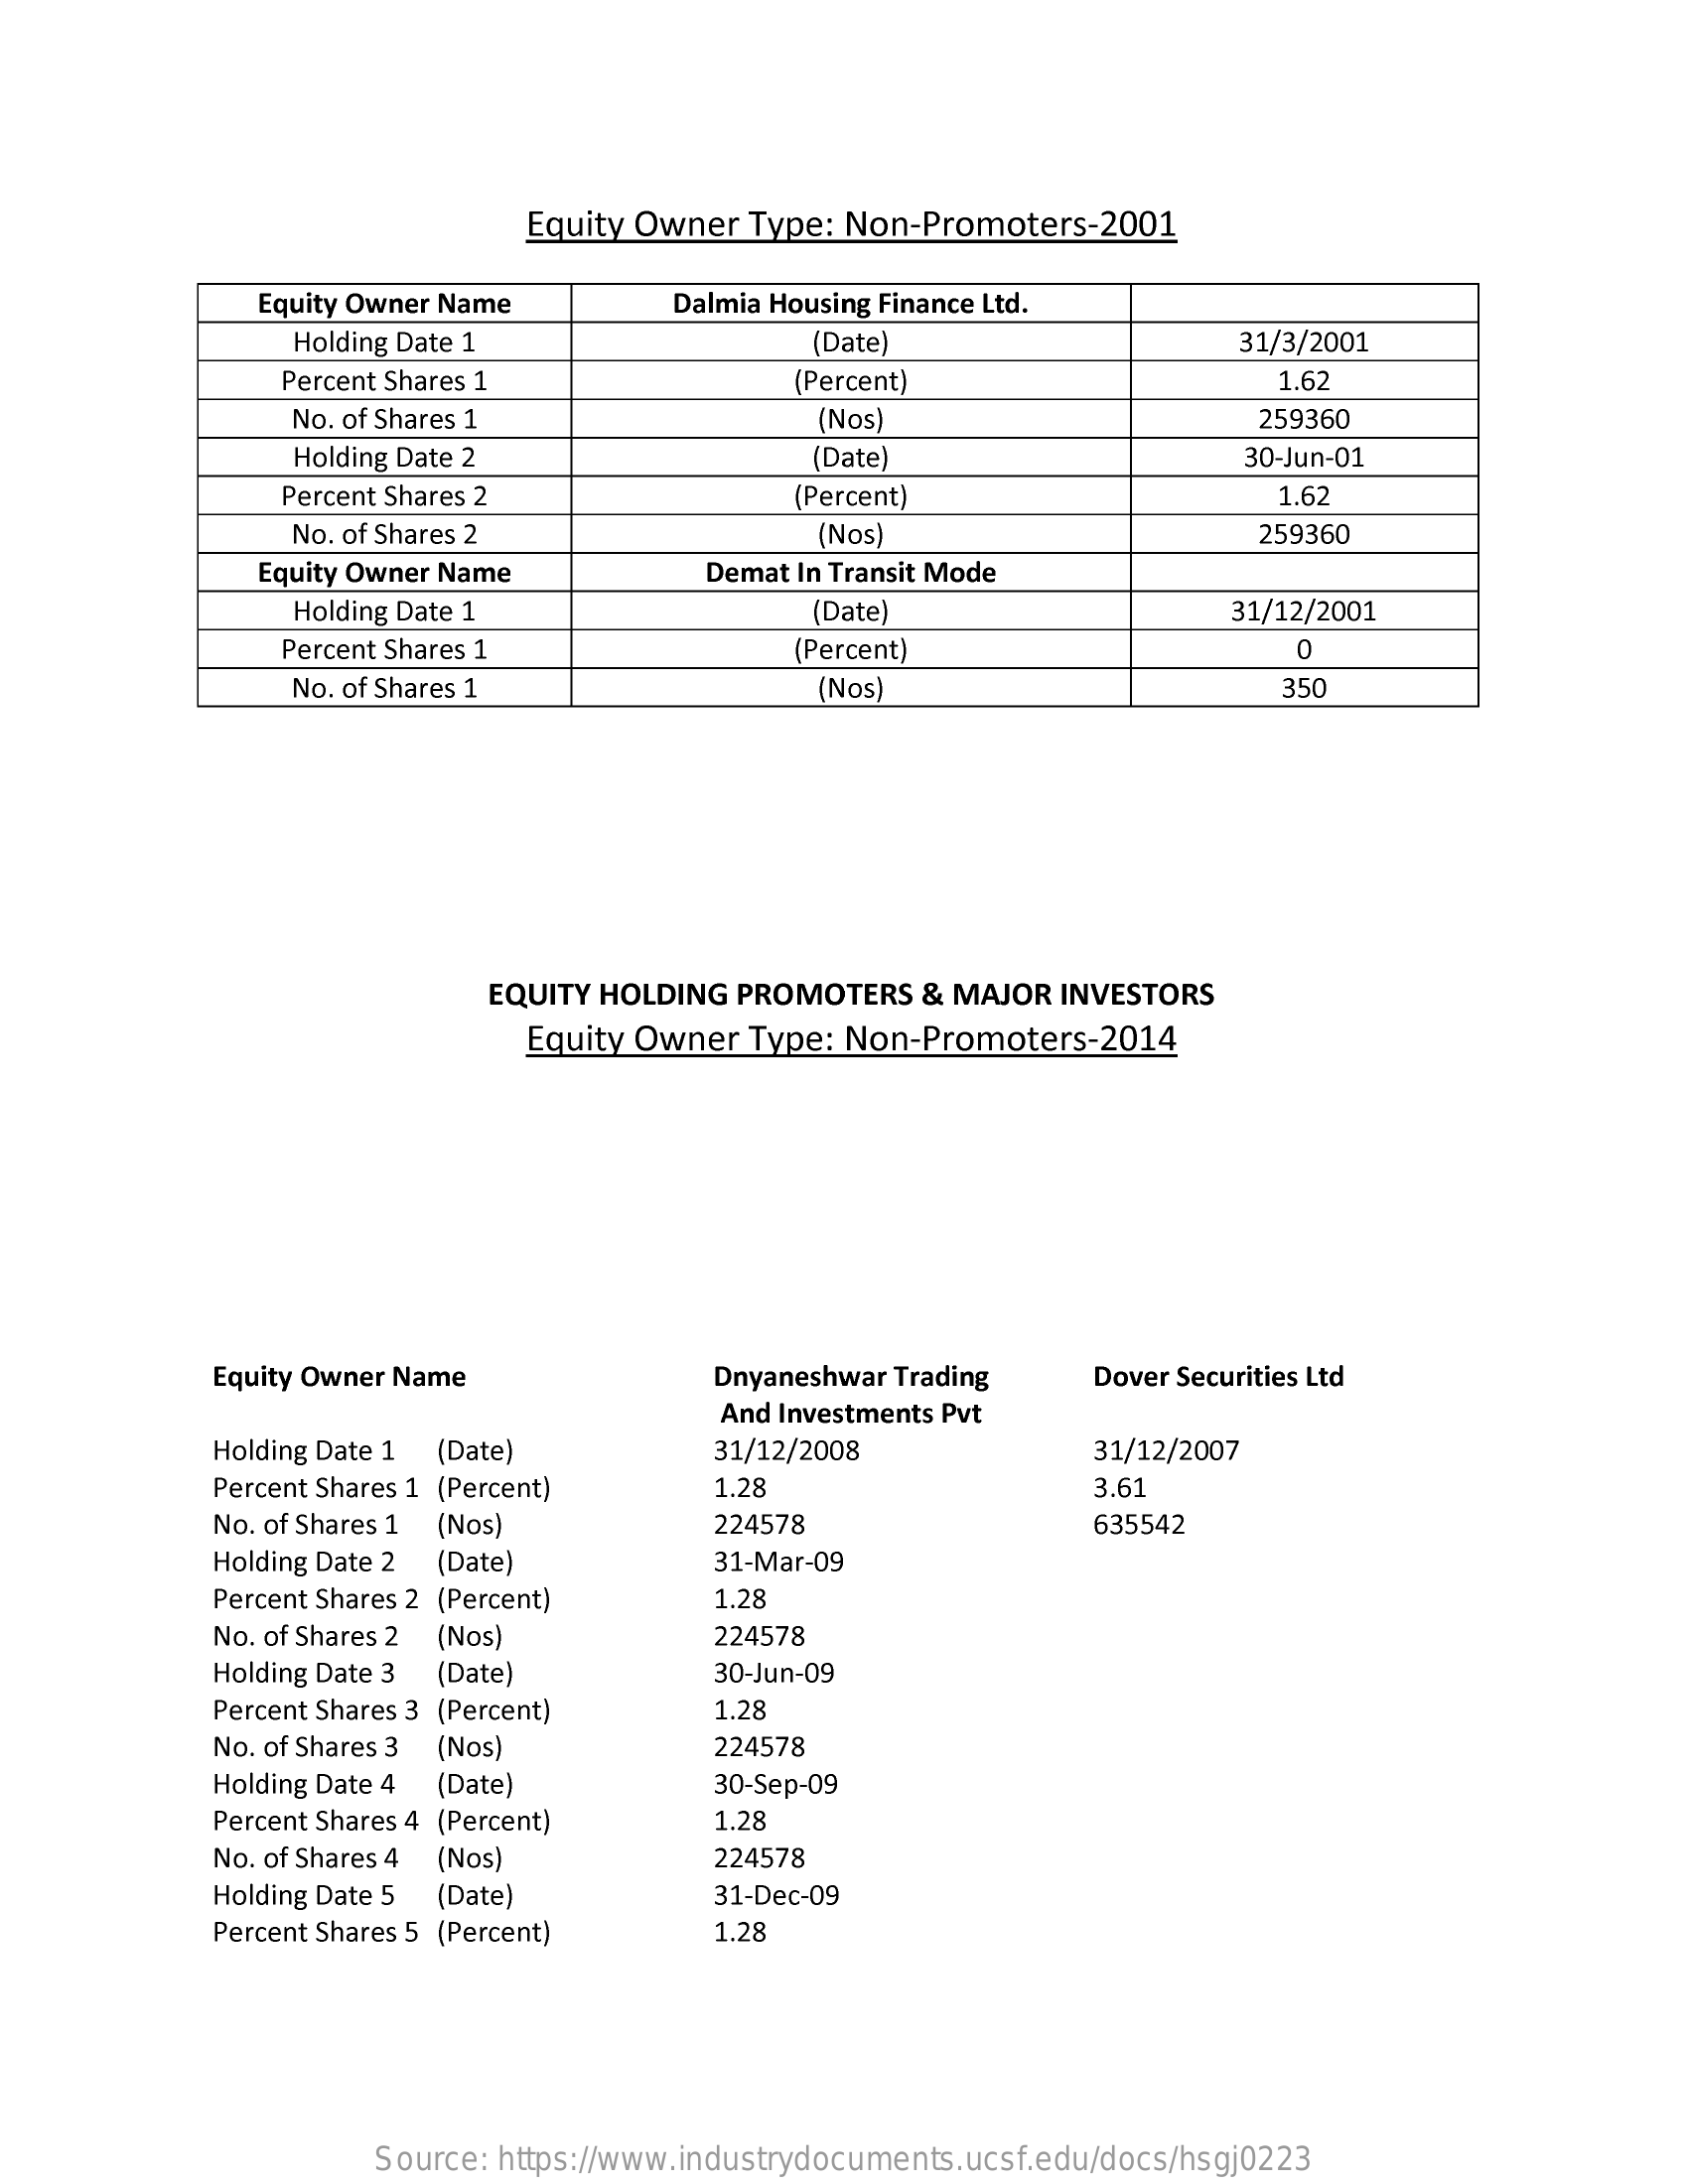
Equity Owner  Type: Non-Promoters-2001
     Equity Owner Name    Dalmia Housing Finance Ltd.
     Holding Date 1    (Date    31/3/2001
     Percent Shares 1    (Percent)    1.62
     No. of Shares 1    (Nos)    259360
     Holding Date 2    (Date)    30-Jun-01
     Percent Shares 2    (Percent)    1.62
     No. of Shares 2    (Nos)    259360
     Equity Owner Name    Demat In Transit Mode
     Holding Date 1    (Date)    31/12/2001
     Percent Shares 1    (Percent)    0
     No. of Shares 1    (Nos)    350
     EQUITY HOLDING PROMOTERS   & MAJOR  INVESTORS
     Equity Owner  Type: Non-Promoters-2014
     Equity Owner Name    Dnyaneshwar Trading    Dover Securities Ltd
     And Investments Pvt
     Holding Date 1 (Date)    31/12/2008    31/12/2007
     Percent Shares 1 (Percent)    1.28    3.61
     No. of Shares 1 (Nos)    224578    635542
     Holding Date 2 (Date)    31-Mar-09
     Percent Shares 2 (Percent)    1.28
     No. of Shares 2 (Nos)    224578
     Holding Date 3 (Date)    30-Jun-09
     Percent Shares 3 (Percent)    1.28
     No. of Shares 3 (Nos)    224578
     Holding Date 4 (Date)    30-Sep-09
     Percent Shares 4 (Percent)    1.28
     No. of Shares 4 (Nos)    224578
     Holding Date 5 (Date)    31-Dec-09
     Percent Shares 5 (Percent)    1.28
     Source: https://www.industrydocuments.ucsf.edu/docs/hsgj0223